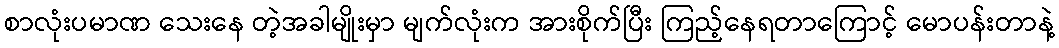
စာလုံးပမာဏ သေးနေ တဲ့အခါမျိုးမှာ မျက်လုံးက အားစိုက်ပြီး ကြည့်နေရတာကြောင့် မောပန်းတာနဲ့